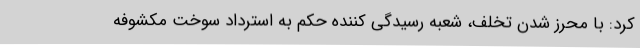
کرد: با محرز شدن تخلف، شعبه رسیدگی کننده حکم به استرداد سوخت مکشوفه